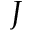
J